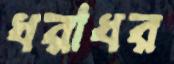
ধরাধর